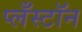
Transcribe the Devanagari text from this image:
प्लँस्टॉन